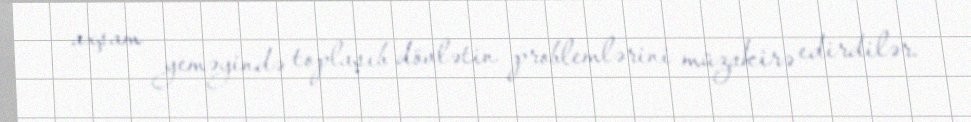
axşam yeməyində toplaşıb dövlətin problemlərini müzakirə edirdilər.